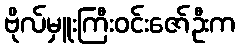
ဗိုလ်မှူးကြီးဝင်းဇော်ဦးက